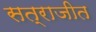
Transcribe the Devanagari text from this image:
सत्राजीत